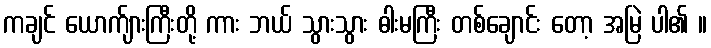
ကချင် ယောက်ျားကြီးတို့ ကား ဘယ် သွားသွား ဓါးမကြီး တစ်ချောင်း တော့ အမြဲ ပါ၏ ။